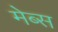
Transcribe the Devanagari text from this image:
मेब्स